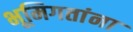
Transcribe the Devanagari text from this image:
भूमिगतांना